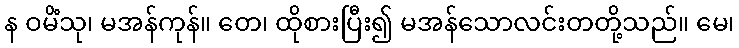
န ဝမိံသု၊ မအန်ကုန်။ တေ၊ ထိုစားပြီး၍ မအန်သောလင်းတတို့သည်။ မေ၊